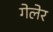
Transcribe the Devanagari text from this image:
गेलेर